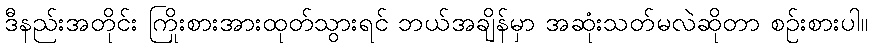
ဒီနည်းအတိုင်း ကြိုးစားအားထုတ်သွားရင် ဘယ်အချိန်မှာ အဆုံးသတ်မလဲဆိုတာ စဉ်းစားပါ။